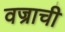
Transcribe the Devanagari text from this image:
वज्राची